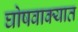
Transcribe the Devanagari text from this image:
घोषवाक्यात